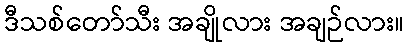
ဒီသစ်တော်သီး အချိုလား အချဉ်လား။